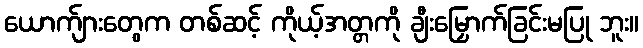
ယောက်ျားတွေက တစ်ဆင့် ကိုယ့်အတ္တကို ချီးမြှောက်ခြင်းမပြု ဘူး။